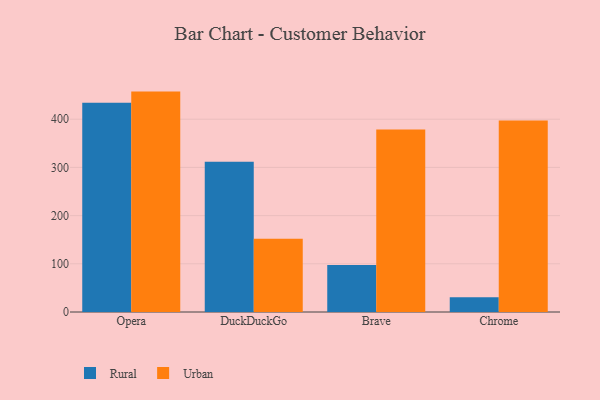
{"axis": {"x": "Browser", "y": "Waste Production (Tons)"}, "legend": ["Rural", "Urban"], "data": [{"x": "Opera", "y": 434.1, "type": "Rural"}, {"x": "Opera", "y": 457.3, "type": "Urban"}, {"x": "DuckDuckGo", "y": 311.8, "type": "Rural"}, {"x": "DuckDuckGo", "y": 151.9, "type": "Urban"}, {"x": "Brave", "y": 97.7, "type": "Rural"}, {"x": "Brave", "y": 378.9, "type": "Urban"}, {"x": "Chrome", "y": 30.7, "type": "Rural"}, {"x": "Chrome", "y": 397.3, "type": "Urban"}]}